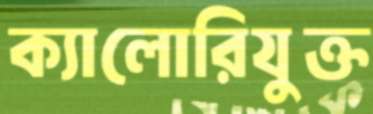
ক্যালোরিযুক্ত